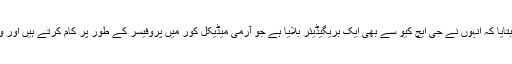
ہسپتال کے میڈیکل ڈائیریکٹر پروفیسر ڈاکٹر سلیم افضل خان نے بتایا کہ انہوں نے جی ایچ کیو سے بھی ایک بریگیڈیئر بلایا ہے جو آرمی میڈیکل کور میں پروفیسر کے طور پر کام کرتے ہیں اور وہ بھی ان کے ساتھ ان میتوں کو پہچاننے میں تعاون کررہے ہیں۔